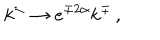
k ^ { \pm } \rightarrow e ^ { \mp 2 \alpha } k ^ { \mp } \, ,